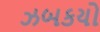
ઝબકયો